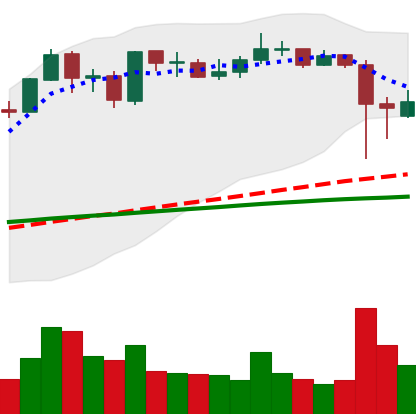
Ticker: ADA-USD
Chart end date: 2021-09-09
Forward return: -4.847%
Label: down_3_5